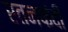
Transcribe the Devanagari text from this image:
रतनफंदी